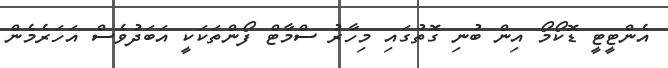
އެންޓީޓީ ޑޮކޯމޯ އިން ބުނި ގޮތުގައި މިހާރު ސްމާޓް ފޯންތަކަކީ އަބަދުވެސް އަހަރެމެން